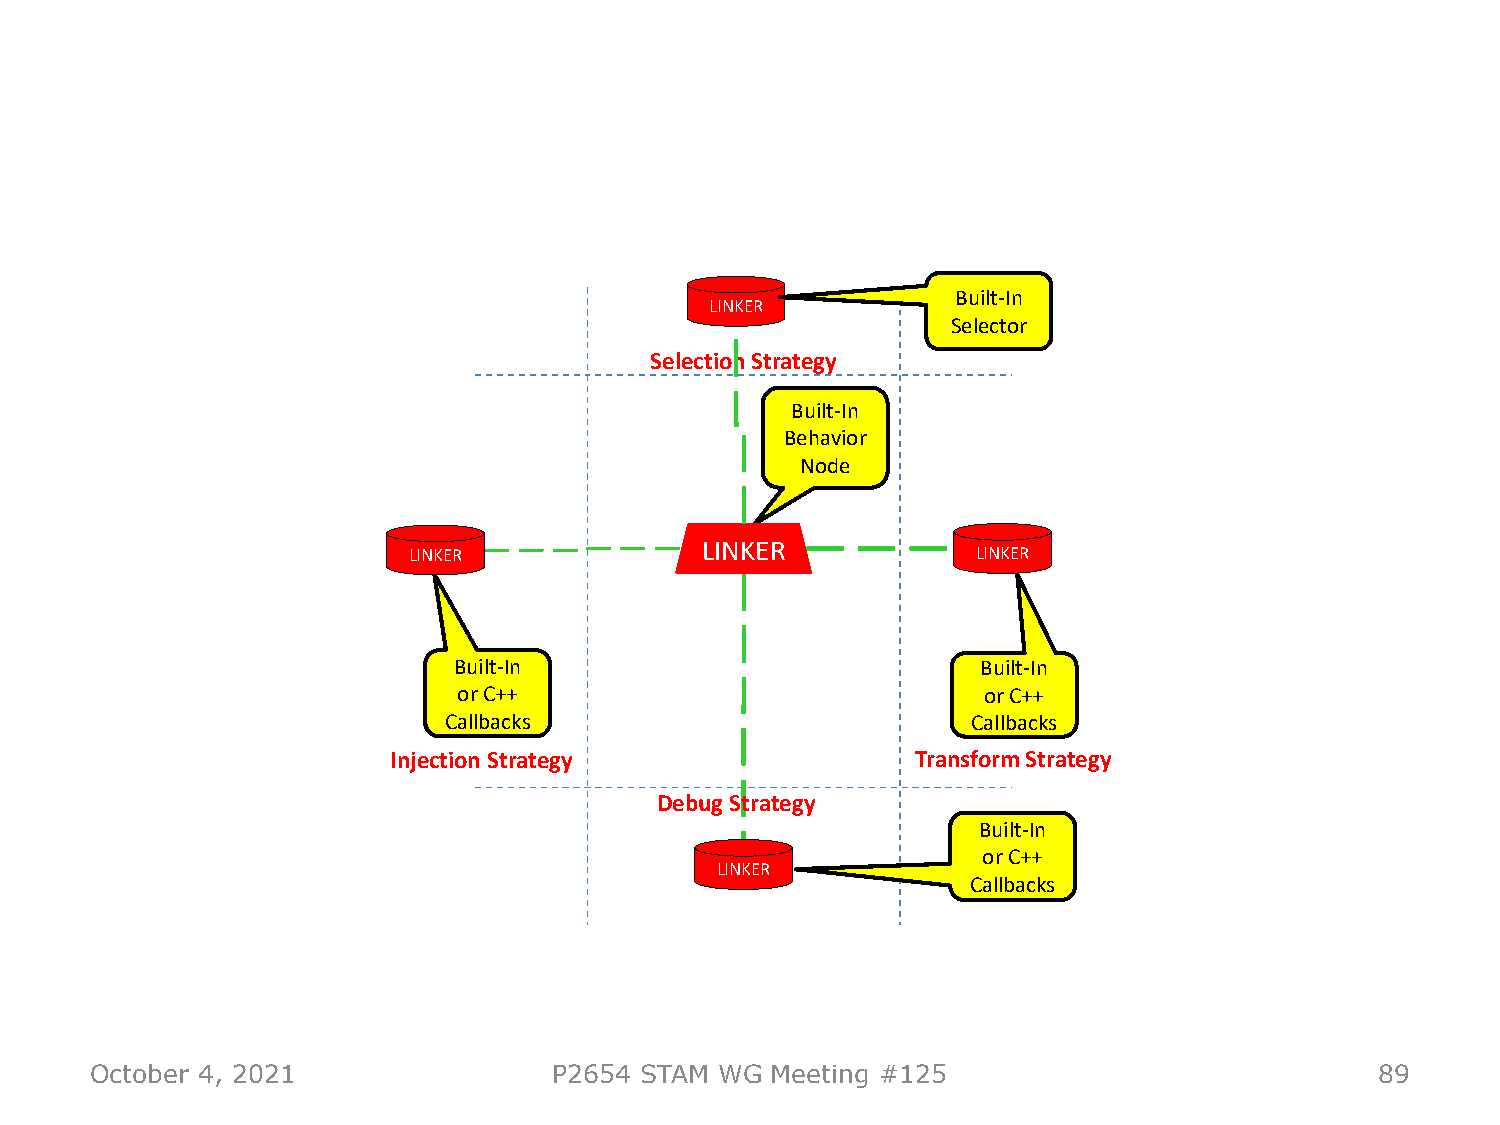
Built-In
 LINKER
 Selector
 Selection Strategy
 Built-In
 Behavior
 Node
 LINKER
 LINKER                                LINKER
 Built-In                           Built-In
 or C++                             or C++
 Callbacks                          Callbacks
 Injection Strategy                 Transform Strategy
 Debug Strategy
 Built-In
 or C++
 LINKER
 Callbacks
 October 4, 2021                P2654 STAM WG Meeting #125                            89